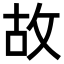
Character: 故